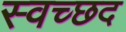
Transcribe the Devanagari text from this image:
स्वच्छद